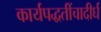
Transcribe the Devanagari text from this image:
कार्यपद्धतींचादीर्घ